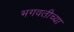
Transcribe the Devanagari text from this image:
भगवतीच्या